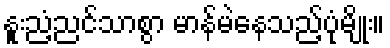
နူးညံ့ညင်သာစွာ မာန်မဲနေသည့်ပုံမျိုး။